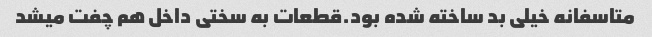
متاسفانه خیلی بد ساخته شده بود.قطعات به سختی داخل هم چفت میشد